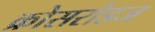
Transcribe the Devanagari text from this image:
क्रोसरोडज